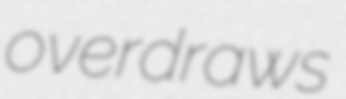
overdraws